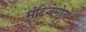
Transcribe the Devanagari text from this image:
मोंटेजेमोलो